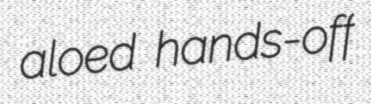
aloed hands-off